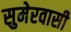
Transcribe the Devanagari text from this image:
सुमेरवासी